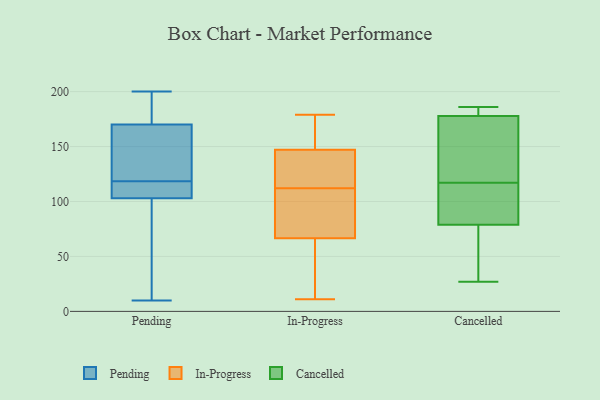
{"axis": {"x": "Revenue (USD Million)", "y": "Value"}, "legend": ["Cancelled", "In-Progress", "Pending"], "data": [{"x": "", "y": 175, "type": "Pending"}, {"x": "", "y": 10, "type": "Pending"}, {"x": "", "y": 110, "type": "Pending"}, {"x": "", "y": 110, "type": "Pending"}, {"x": "", "y": 160, "type": "Pending"}, {"x": "", "y": 159, "type": "Pending"}, {"x": "", "y": 189, "type": "Pending"}, {"x": "", "y": 20, "type": "Pending"}, {"x": "", "y": 77, "type": "Pending"}, {"x": "", "y": 108, "type": "Pending"}, {"x": "", "y": 127, "type": "Pending"}, {"x": "", "y": 103, "type": "Pending"}, {"x": "", "y": 145, "type": "Pending"}, {"x": "", "y": 170, "type": "Pending"}, {"x": "", "y": 109, "type": "Pending"}, {"x": "", "y": 94, "type": "Pending"}, {"x": "", "y": 200, "type": "Pending"}, {"x": "", "y": 178, "type": "Pending"}, {"x": "", "y": 11, "type": "In-Progress"}, {"x": "", "y": 57, "type": "In-Progress"}, {"x": "", "y": 97, "type": "In-Progress"}, {"x": "", "y": 127, "type": "In-Progress"}, {"x": "", "y": 77, "type": "In-Progress"}, {"x": "", "y": 73, "type": "In-Progress"}, {"x": "", "y": 179, "type": "In-Progress"}, {"x": "", "y": 157, "type": "In-Progress"}, {"x": "", "y": 137, "type": "In-Progress"}, {"x": "", "y": 41, "type": "In-Progress"}, {"x": "", "y": 172, "type": "In-Progress"}, {"x": "", "y": 161, "type": "In-Progress"}, {"x": "", "y": 60, "type": "In-Progress"}, {"x": "", "y": 79, "type": "In-Progress"}, {"x": "", "y": 134, "type": "In-Progress"}, {"x": "", "y": 132, "type": "In-Progress"}, {"x": "", "y": 105, "type": "Cancelled"}, {"x": "", "y": 158, "type": "Cancelled"}, {"x": "", "y": 112, "type": "Cancelled"}, {"x": "", "y": 50, "type": "Cancelled"}, {"x": "", "y": 181, "type": "Cancelled"}, {"x": "", "y": 70, "type": "Cancelled"}, {"x": "", "y": 186, "type": "Cancelled"}, {"x": "", "y": 184, "type": "Cancelled"}, {"x": "", "y": 117, "type": "Cancelled"}, {"x": "", "y": 27, "type": "Cancelled"}, {"x": "", "y": 168, "type": "Cancelled"}]}